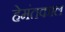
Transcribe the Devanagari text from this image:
हेमंतकाल